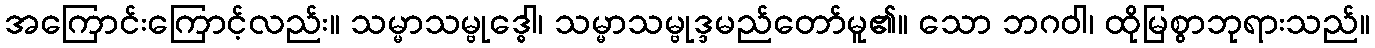
အကြောင်းကြောင့်လည်း။ သမ္မာသမ္ဗုဒ္ဓေါ၊ သမ္မာသမ္ဗုဒ္ဒမည်တော်မူ၏။ သော ဘဂဝါ၊ ထိုမြစွာဘုရားသည်။